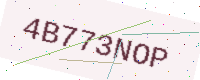
Text: 4B773NOP